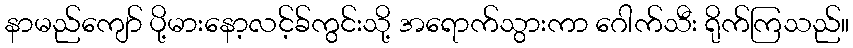
နာမည်ကျော် ပို့မားနော့လင့်ခ်ကွင်းသို့ အရောက်သွားကာ ဂေါက်သီး ရိုက်ကြသည်။